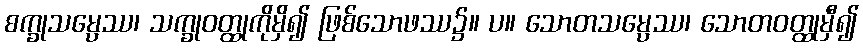
စက္ခုသမ္ပေဿ၊ သက္ခုဝတ္ထုကိုမှိ၍ ဖြစ်သောဖဿ၌။ ပ။ သောတသမ္ပေဿ၊ သောတဝတ္ထုမှီ၍